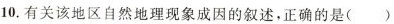
10.有关该地区自然地理现象成因的叙述，正确的是( )